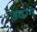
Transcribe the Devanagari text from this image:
उदग्ग